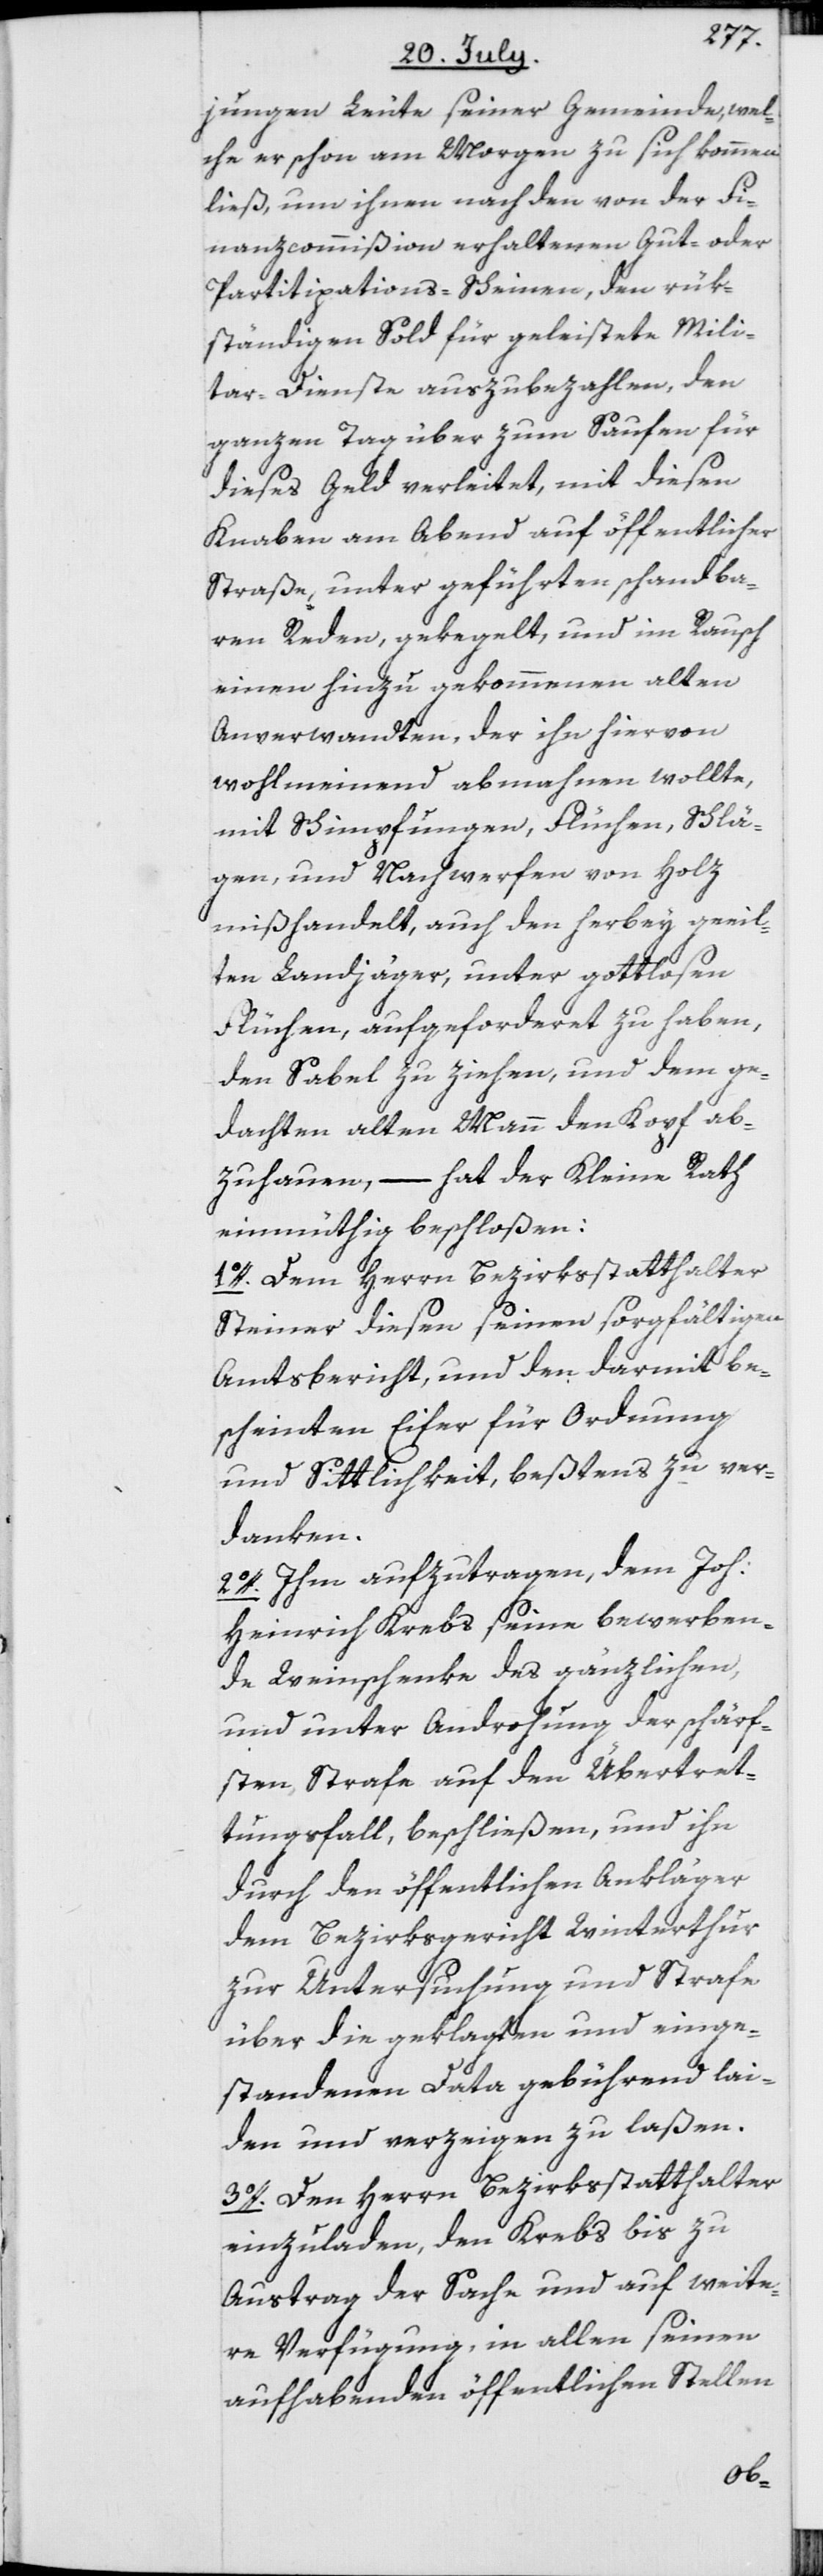
jungen Leute seiner Gemeinde, wel¬
che er schon am Morgen zu sich kommen
ließ, um ihnen nach den von der Fi¬
nanzcommißion erhaltenen Gut- oder
Partitipations-Scheinen, den rük¬
ständigen Sold für geleistete Mili¬
tar-Dienste auszubezahlen, den
ganzen Tag über zum Saufen für
dieses Geld verleitet, mit diesen
Knaben am Abend auf öffentlicher
Straße, unter geführten schandba¬
ren Reden, gekegelt, und im Rausch
einen hinzu gekommenen alten
Anverwandten, der ihn hiervon
wohlmeinend abmahnen wollte,
mit Schimpfungen, Flüchen, Schlä¬
gen, und Nachwerfen von Holz
mißhandelt, auch den herbey geeil¬
ten Landjäger, unter gottlosen
Flüchen, aufgeforderet zu haben,
den Säbel zu ziehen, und dem ge¬
dachten alten Mann den Kopf ab¬
zuhauen, – hat der Kleine Rath
einmüthig beschloßen:
1o. Dem Herrn Bezirksstatthalter
Steiner diesen seinen sorgfältigen
Amtsbericht, und den darmit be¬
scheinten Eifer für Ordnung
und Sittlichkeit, beßtens zu ver¬
danken.
2o. Ihm aufzutragen, dem Joh:
Heinrich Krebs seine bewerben¬
de Weinschenke des gänzlichen,
und unter Androhung der schärf¬
sten Strafe auf den Übertret¬
tungsfall, beschließen, und ihn
durch den öffentlichen Ankläger
dem Bezirksgericht Winterthur
zur Untersuchung und Strafe
über die geklagten und einge¬
standenen Data gebührend lai¬
den und verzeigen zu laßen.
3o. Den Herrn Bezirksstatthalter
einzuladen, den Krebs bis zu
Austrag der Sache und auf weite¬
re Verfügung, in allen seinen
aufhabenden öffentlichen Stellen